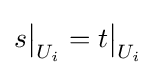
s{\big \vert }_{U_{i}}=t{\big \vert }_{U_{i}}